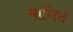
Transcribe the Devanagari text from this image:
सालित